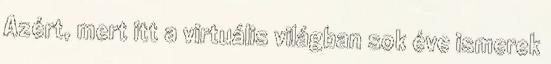
Azért, mert itt a virtuális világban sok éve ismerek